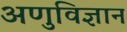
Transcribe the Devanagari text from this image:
अणुविज्ञान